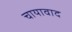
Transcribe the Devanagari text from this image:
चायावाद